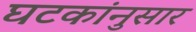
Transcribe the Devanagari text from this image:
घटकांनुसार